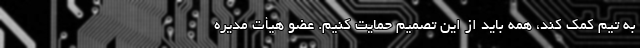
به تیم کمک کند، همه باید از این تصمیم حمایت کنیم. عضو هیأت مدیره